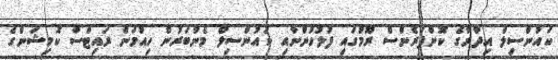
ކައުންސިލް އިދާރާގެ ކޮންފަރެންސް ރޫމުގައި ފުލުހުންނާއި ކައުންސިލް މެންބަރުން ހިއުމަން ރައިޓްސް ކޮމިޝަންގެ